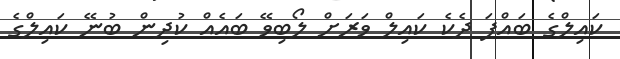
ކައިލްގެ ބައްޕަ ދެކެ ކައިލް ވަރަށް ލޯބިވޭ ބައެއް ކުދިން ބުނޭ ކައިލްގެ